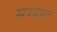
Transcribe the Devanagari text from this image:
सम्बध्द